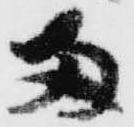
両